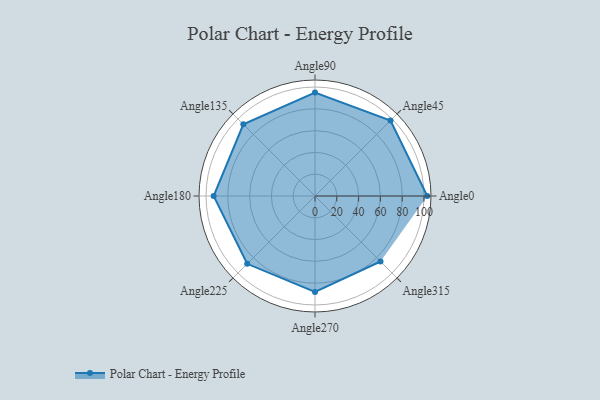
{"axis": {"x": "Angle", "y": "Radius"}, "legend": [""], "data": [{"x": "Angle0", "y": 103.0, "type": ""}, {"x": "Angle45", "y": 98.0, "type": ""}, {"x": "Angle90", "y": 95.0, "type": ""}, {"x": "Angle135", "y": 93.0, "type": ""}, {"x": "Angle180", "y": 93.0, "type": ""}, {"x": "Angle225", "y": 88.0, "type": ""}, {"x": "Angle270", "y": 88.0, "type": ""}, {"x": "Angle315", "y": 85.0, "type": ""}]}